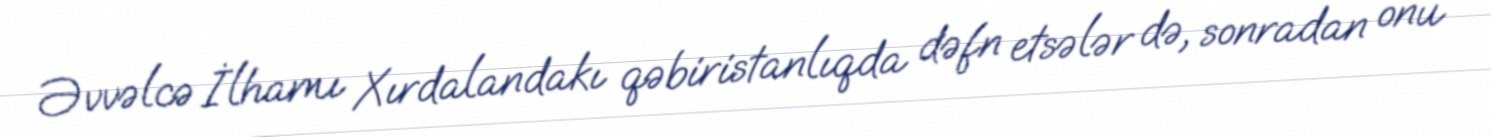
Əvvəlcə İlhamı Xırdalandakı qəbiristanlıqda dəfn etsələr də, sonradan onu